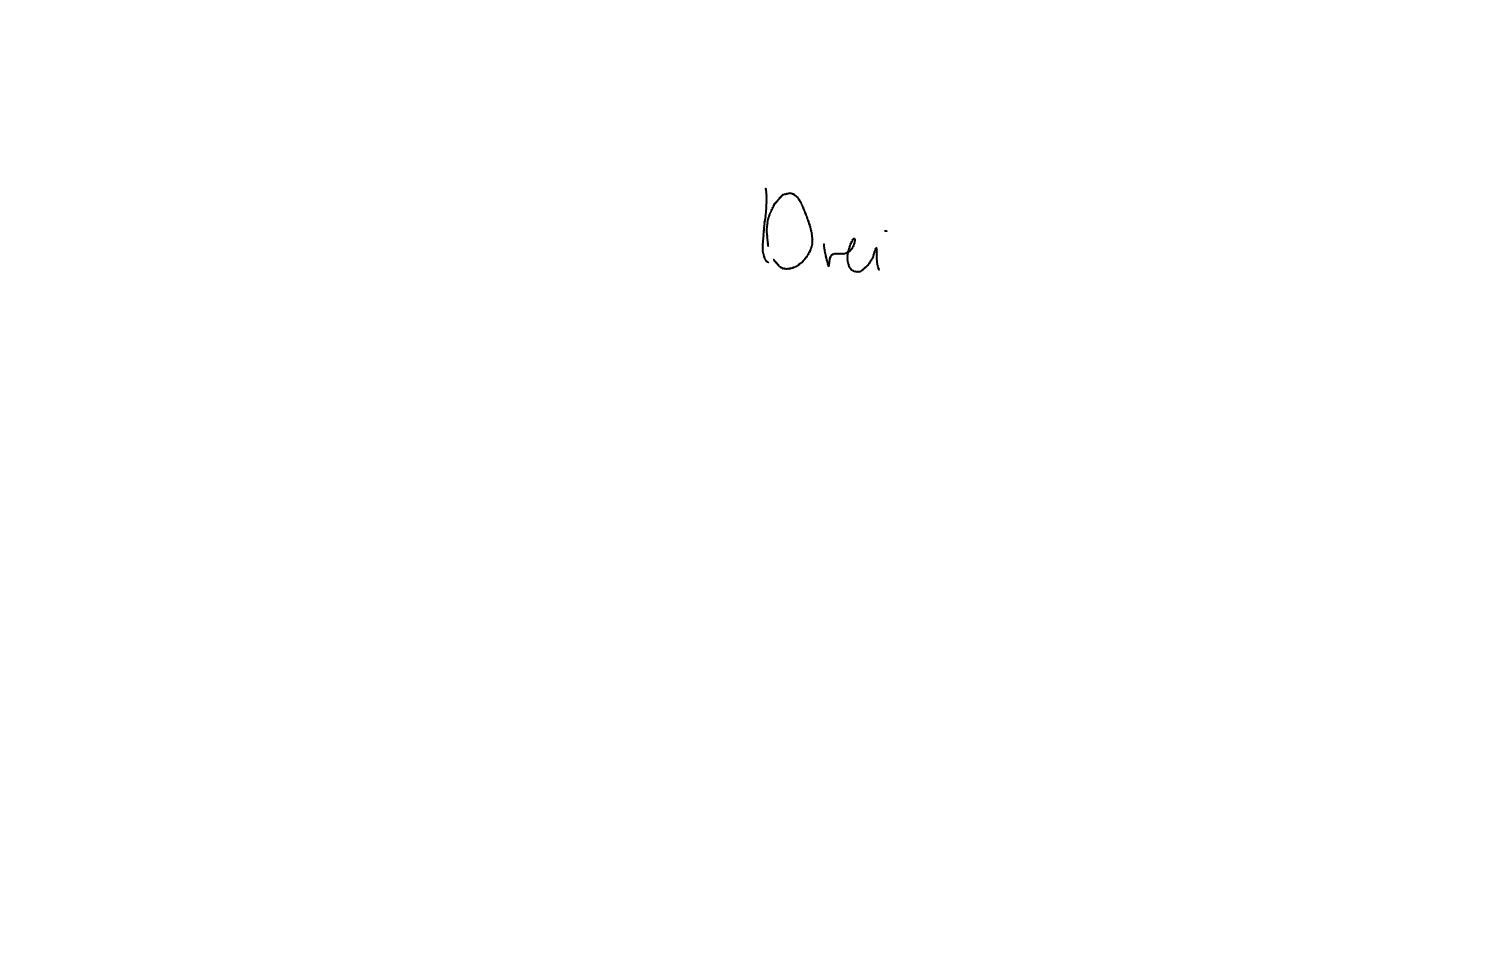
Text: Drei